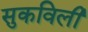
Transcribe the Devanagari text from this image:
सुकविली